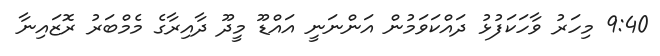
9:40 މިހަރު ވާހަކަފުޅު ދައްކަވަމުން އަންނަނީ އައްޑޫ މީދޫ ދާއިރާގެ މެމްބަރު ރޮޒައިނާ